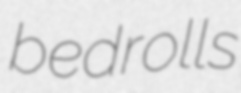
bedrolls